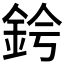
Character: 𫒑